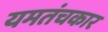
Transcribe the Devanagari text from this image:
यमतंचकार